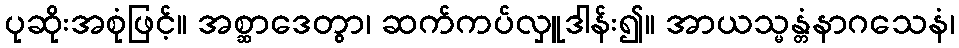
ပုဆိုးအစုံဖြင့်။ အစ္ဆာဒေတွာ၊ ဆက်ကပ်လှူဒါန်း၍။ အာယသ္မန္တံနာဂသေနံ၊